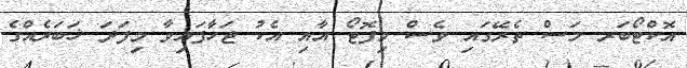
އޮކްޓޯބަރ މަސް ތެރޭގައި ވެސް މިފޮޓޯ އާއި އެކު ޖަހާފައިވާ މިފަދަ ޚަބަރެއްގެ